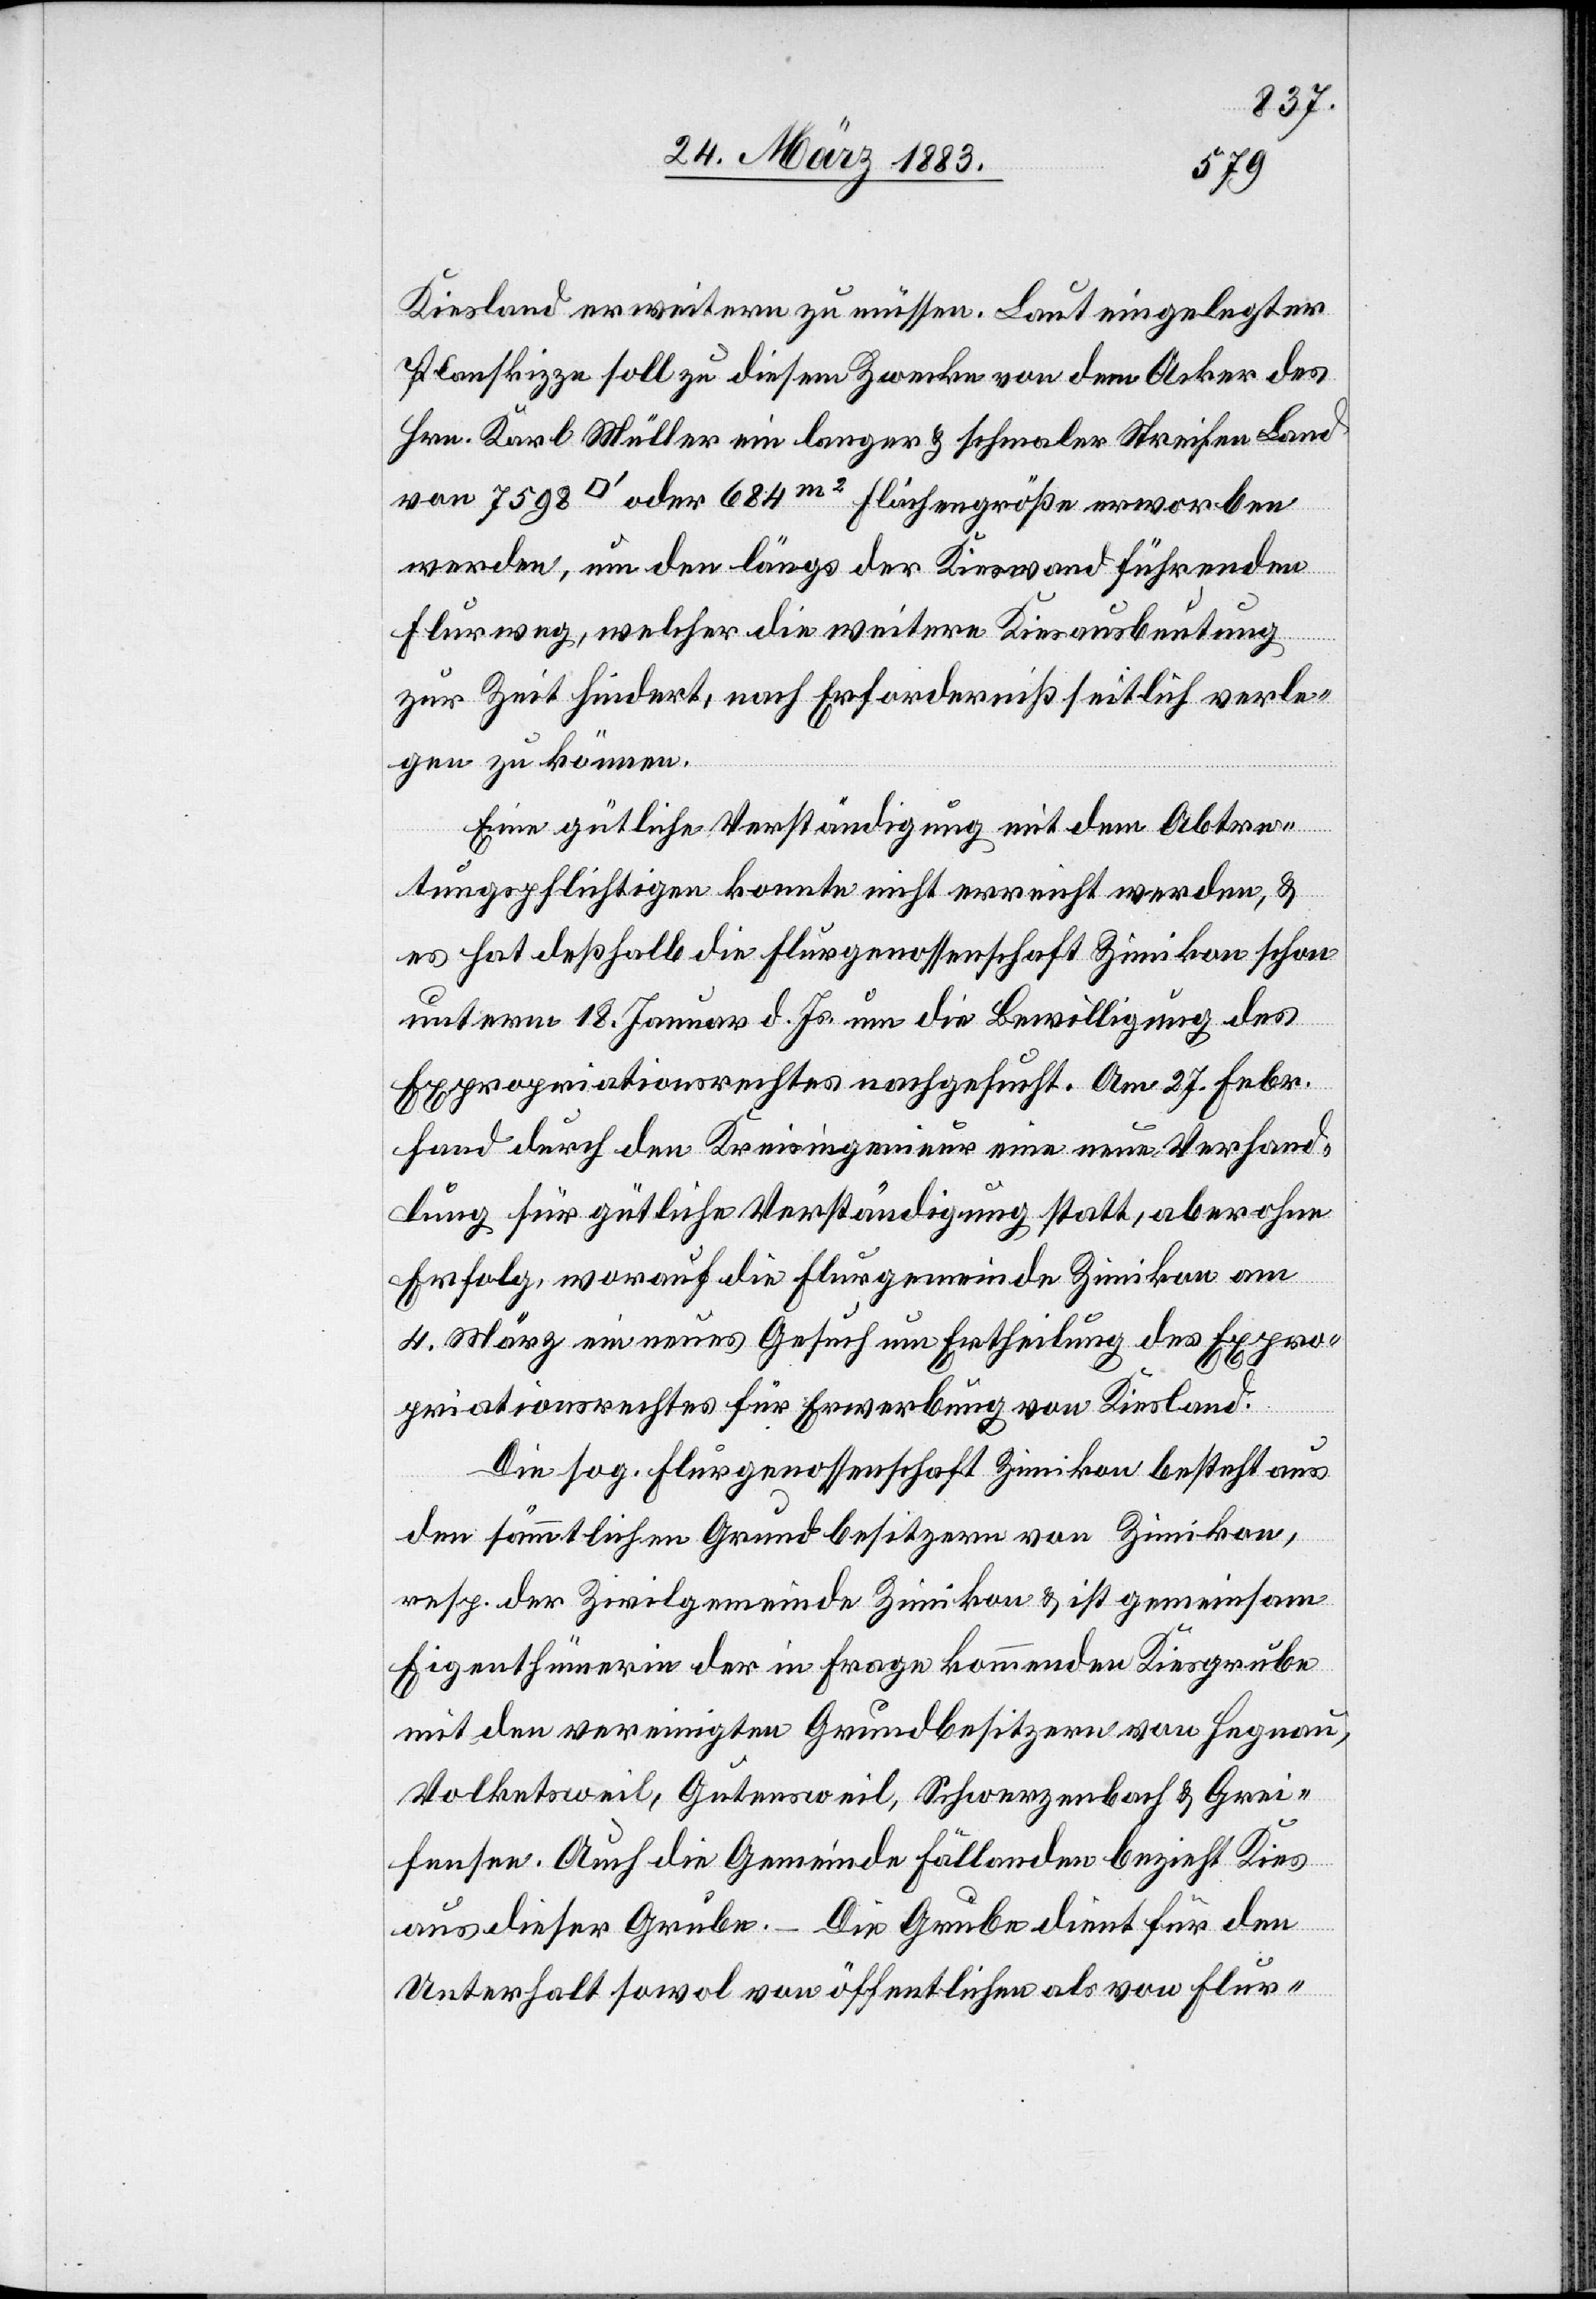
Kiesland erweitern zu müssen. Laut eingelegter
Planskizze soll zu diesem Zwecke von dem Acker des
Hrn. Karl Müller ein langer & schmaler Streifen Land
werden, um den längs der Kieswand führenden
Flurweg, welcher die weitere Kiesausbeutung
zur Zeit hindert, nach Erforderniß seitlich verle¬
gen zu können.
Eine gütliche Verständigung mit dem Abtre¬
tungspflichtigen konnte nicht erreicht werden, &
es hat deßhalb die Flurgenossenschaft Zimikon schon
unterm 18. Januar d. Js. um die Bewilligung des
Expropriationsrechtes nachgesucht. Am 27. Febr.
fand durch den Kreisingenieur eine neue Verhand¬
lung für gütliche Verständigung statt, aber ohne
Erfolg, worauf die Flurgemeinde Zimikon am
4. März ein neues Gesuch um Ertheilung des Expro¬
priationsrechtes für Erwerbung von Kiesland
Die sog. Flurgenossenschaft Zimikon besteht aus
den sämmtlichen Grundbesitzern von Zimikon,
resp. der Zivilgemeinde Zimikon & ist gemeinsam
Eigenthümerin der in Frage kommenden Kiesgrube
mit den vereinigten Grundbesitzern von Hegnau,
Volketsweil, Gutensweil, Schwerzenbach & Grei¬
fensee. Auch die Gemeinde Fällanden bezieht Kies
aus dieser Grube. – Die Grube dient für den
Unterhalt sowol von öffentlichen als von Flur-